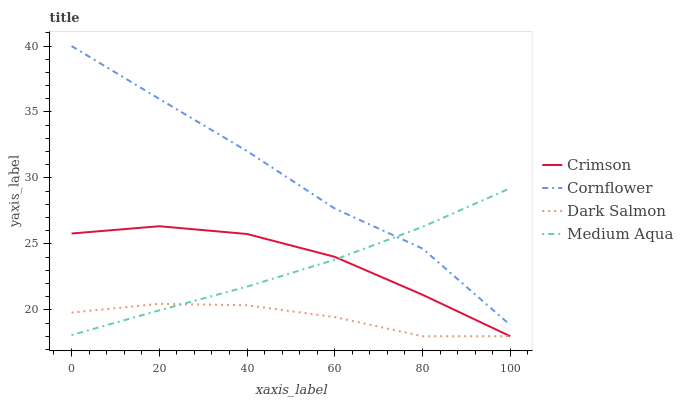
| xaxis_label | Crimson | Cornflower | Dark Salmon | Medium Aqua |
 | --- | --- | --- | --- | --- |
 | 0 | 25.8 | 40 | 19.8 | 18.1 |
 | 20 | 26.3 | 36 | 20.5 | 20 |
 | 40 | 25.8 | 32 | 20.3 | 21.8 |
 | 60 | 24 | 27.7 | 19.5 | 23.8 |
 | 80 | 21.1 | 24.6 | 18 | 26.3 |
 | 100 | 18 | 18.8 | 18 | 29.2 |